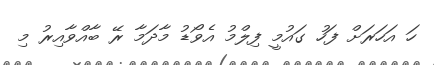
ހަ އަހަރަށް ފަހު ގައުމީ ފިލްމު އެވޯޑު މާދަމާ ރޭ ބާއްވާއިރު މި